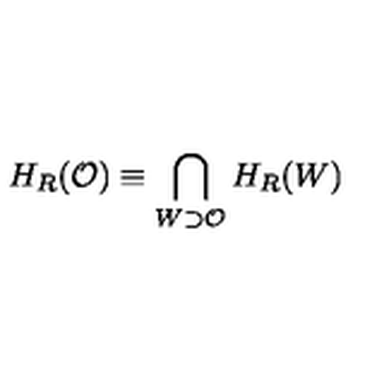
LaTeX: H _ { R } ( { \cal O } ) \equiv \bigcap _ { W \supset { \cal O } } H _ { R } ( W )